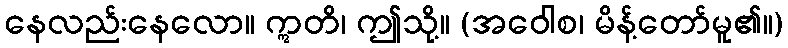
နေလည်းနေလော။ ဣတိ၊ ဤသို့။ (အဝေါစ၊ မိန့်တော်မူ၏။)